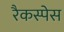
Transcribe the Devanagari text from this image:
रैकस्पेस